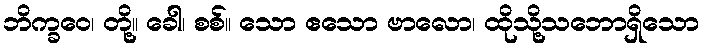
ဘိက္ခဝေ၊ တို့။ ခေါ၊ စစ်။ သော ဧသော ဗာလော၊ ထိုသို့သဘောရှိသော